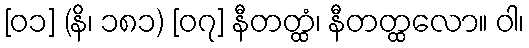
[၀၁] (နိ၊ ၁၈၁) [၀၇] နီတတ္ထံ၊ နီတတ္ထလော။ ဝါ၊